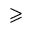
\geqslant